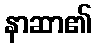
နာဆာ၏